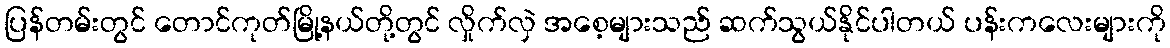
ပြန်တမ်းတွင် တောင်ကုတ်မြို့နယ်တို့တွင် လှိုက်လှဲ အစေ့များသည် ဆက်သွယ်နိုင်ပါတယ် ပန်းကလေးများကို